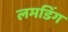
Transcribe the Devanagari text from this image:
लमडिंग